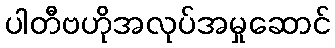
ပါတီဗဟိုအလုပ်အမှုဆောင်